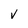
Character: V